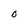
Character: O